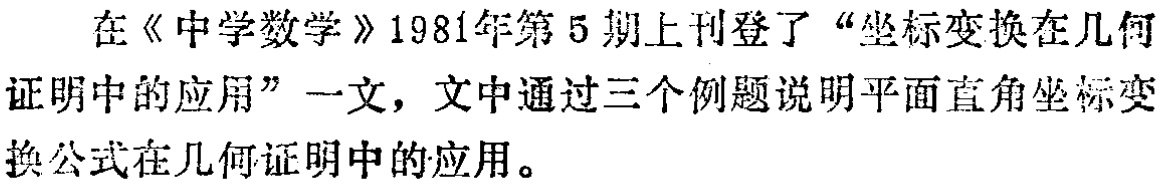
在《中学数学》1981年第5期上刊登了“坐标变换在几何证明中的应用”一文，文中通过三个例题说明平面直角坐标变换公式在几何证明中的应用。